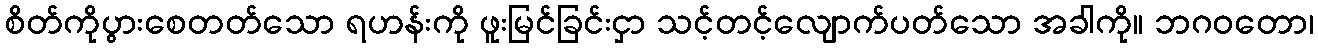
စိတ်ကိုပွားစေတတ်သော ရဟန်းကို ဖူးမြင်ခြင်းငှာ သင့်တင့်လျောက်ပတ်သော အခါကို။ ဘဂဝတော၊